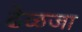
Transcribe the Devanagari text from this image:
ढेळजा